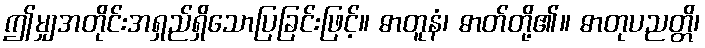
ဤမျှအတိုင်းအရှည်ရှိသောပြခြင်းဖြင့်။ ဓာတူနံ၊ ဓာတ်တို့၏။ ဓာတုပညတ္တိ၊